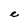
Character: e